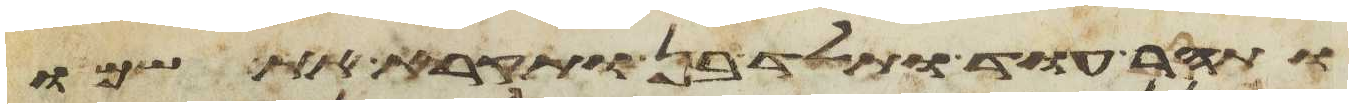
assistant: ותהר עוד ותלד בן ותקרא את שמו